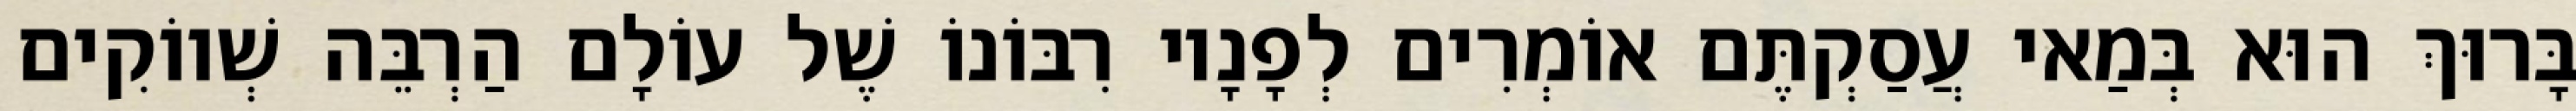
בָּרוּךְ הוּא בְּמַאי עֲסַקְתֶּם אוֹמְרִים לְפָנָיו רִבּוֹנוֹ שֶׁל עוֹלָם הַרְבֵּה שְׁווֹקִים